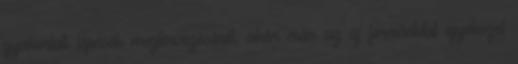
gyakorlati lépések megtervezésénél, akár már az új formáddal igyekszel